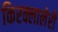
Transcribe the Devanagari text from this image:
किरक्लालेरी